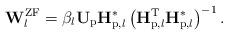
LaTeX: \begin{align*}\mathbf{W}^{\mathrm{ZF}}_l = \beta_l \mathbf{U}_{\mathrm{p}} \mathbf{H}_{\mathrm{p},l}^* \left(\mathbf{H}_{\mathrm{p},l}^\mathrm{T} \mathbf{H}_{\mathrm{p},l}^* \right)^{-1}.\end{align*}